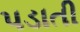
પડાતી